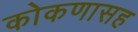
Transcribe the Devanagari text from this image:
कोकणासह